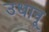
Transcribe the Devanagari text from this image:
उधानू